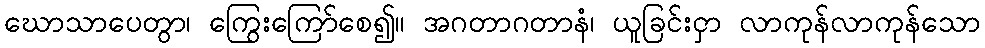
ဃောသာပေတွာ၊ ကြွေးကြော်စေ၍။ အဂတာဂတာနံ၊ ယူခြင်းငှာ လာကုန်လာကုန်သော